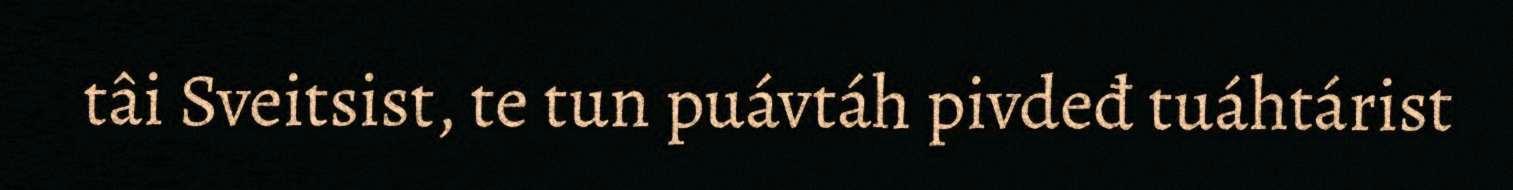
tâi Sveitsist, te tun puávtáh pivdeđ tuáhtárist